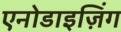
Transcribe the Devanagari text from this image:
एनोडाइज़िंग